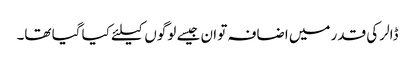
ڈالر کی قدر میں اضافہ تو ان جیسے لوگوں کیلئے کیا گیا تھا۔